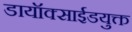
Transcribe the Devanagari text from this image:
डायॉक्साईडयुक्त